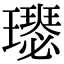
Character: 𤪴